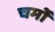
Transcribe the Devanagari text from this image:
चर्मो